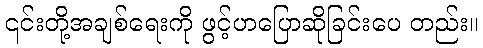
၎င်းတို့အချစ်ရေးကို ဖွင့်ဟပြောဆိုခြင်းပေ တည်း။